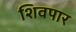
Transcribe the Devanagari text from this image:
शिवपार